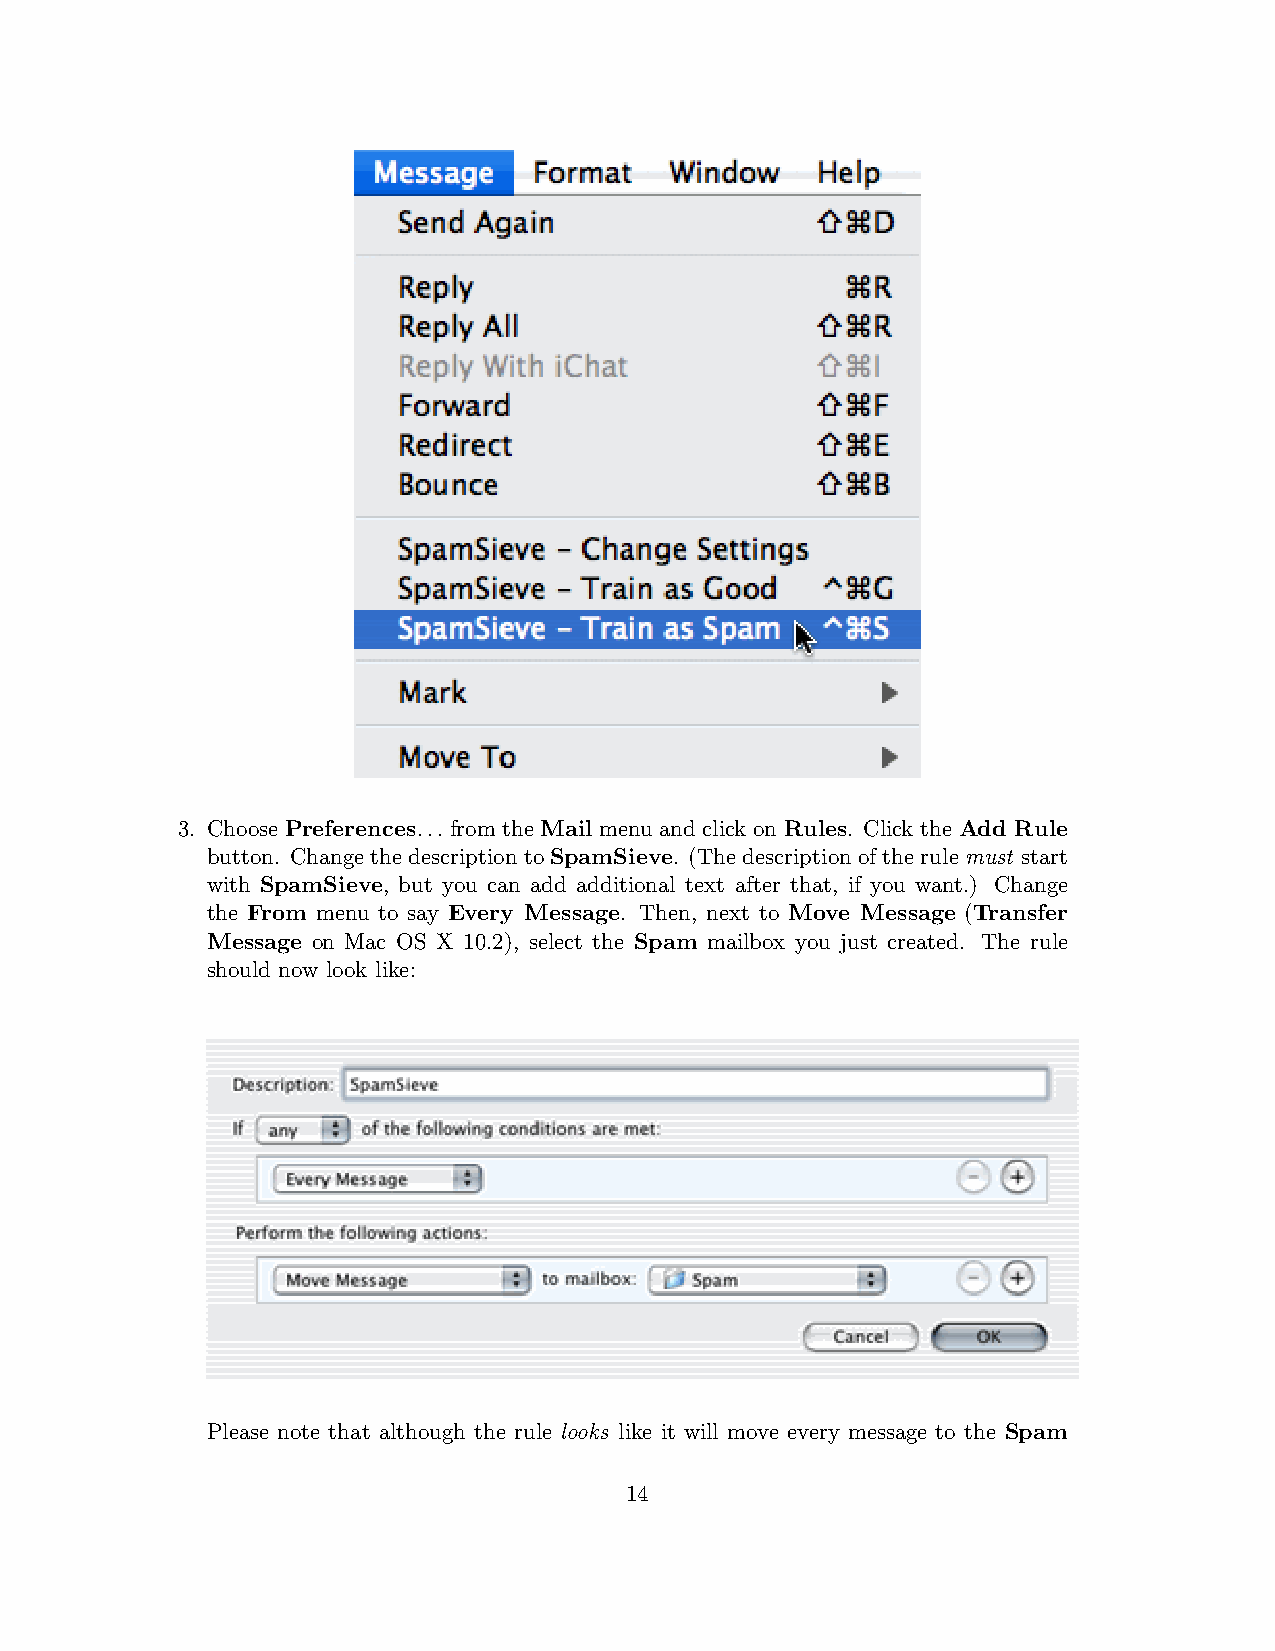
3. Choose Preferences... from the Mail menu and click on Rules. Click the Add Rule
 button. Change the description to SpamSieve. (The description of the rule must start
 with SpamSieve, but you can add additional text after that, if you want.) Change
 the From menu to say Every Message. Then, next to Move Message (Transfer
 Message on Mac OS X 10.2), select the Spam mailbox you just created. The rule
 should now look like:
 Please note that although the rule looks like it will move every message to the Spam
 14